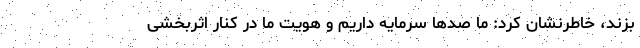
بزند، خاطرنشان کرد: ما صدها سرمایه داریم و هویت ما در کنار اثربخشی